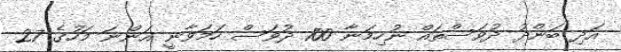
އަދި ބަންދު ދުވަސްތައް ނުހިމަނާ 100 ދުވަސް ހަމަވާނީ އަންނަ މަހުގެ 27